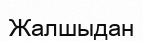
Жалшыдан